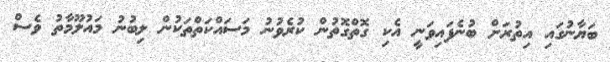
ބަޔާނުގައި އިތުރަށް ބުނެފައިވަނީ އެކި ގޮތްގޮތުން ކުރެވުނު މަސައްކަތްތަކުން ލިބުނު މައުލޫމާތު ވެސް